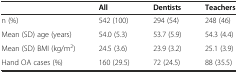
|  | All | Dentists | Teachers |
 | --- | --- | --- | --- |
 | n (%) | 542 (100) | 294 (54) | 248 (46) |
 | Mean (SD) age (years) | 54.0 (5.3) | 53.7 (5.9) | 54.3 (4.4) |
 | Mean (SD) BMI (kg/m2) | 24.5 (3.6) | 23.9 (3.2) | 25.1 (3.9) |
 | Hand OA cases (%) | 160 (29.5) | 72 (24.5) | 88 (35.5) |